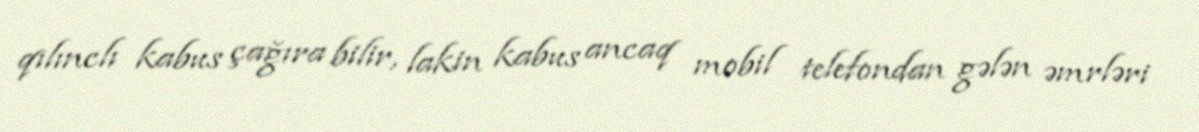
qılınclı kabus çağıra bilir, lakin kabus ancaq mobil telefondan gələn əmrləri